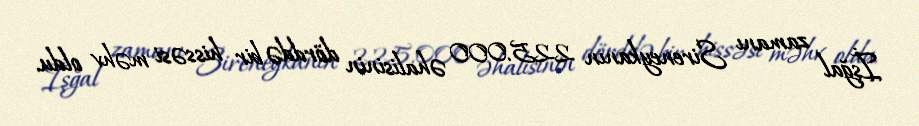
İşğal zamanı Sireneykanın 225.000 əhalisinin dörddə bir hissəsi məhv oldu.